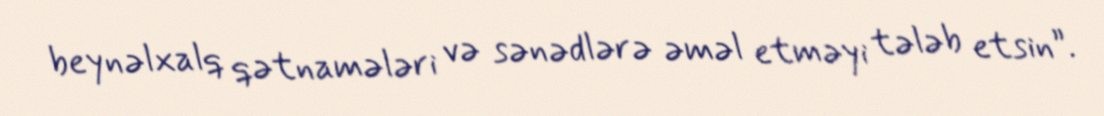
beynəlxalq qətnamələri və sənədlərə əməl etməyi tələb etsin”.